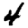
Digit: 4